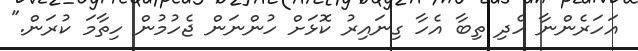
އަހަރެންނާ ހެދި ތިބާ އެހާ ގިނައިރު ކޮޅަށް ހުންނަން ޖެހުމުން ހިތާމަ ކުރަން."